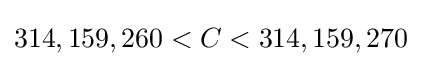
314,159,260<C<314,159,270